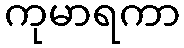
ကုမာရကာ